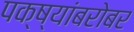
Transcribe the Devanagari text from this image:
पक्ष्यांबरोबर